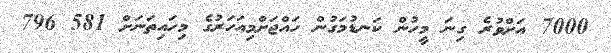
7000 އަށްވުރެ ގިނަ މީހުން ކަނޑުމަގުން ހައްޖަށްމިއަހަރުގެ މިހައިތަނަށް 581 796